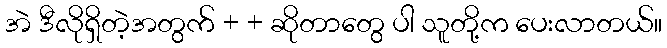
အဲ ဒီလိုရှိတဲ့အတွက် + + ဆိုတာတွေ ပါ သူတို့က ပေးလာတယ်။